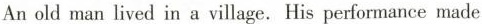
An old man lived in a village.His performance made